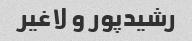
رشیدپور و لاغیر